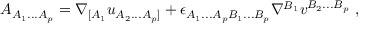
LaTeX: A _ { A _ { 1 } . . . A _ { p } } = \nabla _ { [ A _ { 1 } } u _ { A _ { 2 } . . . A _ { p } ] } + \epsilon _ { A _ { 1 } . . . A _ { p } B _ { 1 } . . . B _ { p } } \nabla ^ { B _ { 1 } } v ^ { B _ { 2 } . . . B _ { p } } \ ,